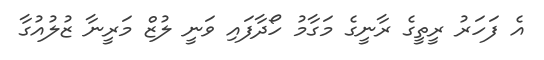
އެ ފަަހަރު ރީތީގެ ރާނީގެ މަގާމު ހޯދާފައި ވަނީ ލުޒް މަރީނާ ޒުލުއުގާ